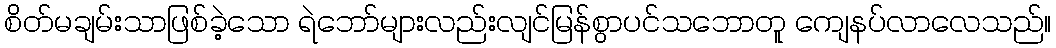
စိတ်မချမ်းသာဖြစ်ခဲ့သော ရဲဘော်များလည်းလျင်မြန်စွာပင်သဘောတူ ကျေနပ်လာလေသည်။